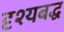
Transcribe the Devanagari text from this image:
दृश्यबद्ध